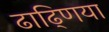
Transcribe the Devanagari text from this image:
ढाढ्णिया